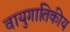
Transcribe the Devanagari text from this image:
वायुगातिकीय